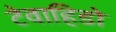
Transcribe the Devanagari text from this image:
टेवाहिडो